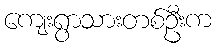
ကျေးရွာသားတစ်ဦးက